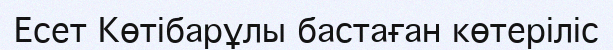
Есет Көтібарұлы бастаған көтеріліс